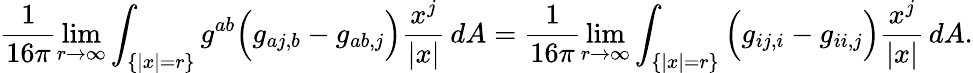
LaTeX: \frac{1}{16\pi}\operatorname*{lim}_{r\rightarrow\infty}\int_{\{ |x|=r\} }g^{ab}\Big(g_{aj,b}-g_{ab,j}\Big)\frac{x^{j}}{|x|}\, dA=\frac{1}{16\pi}\operatorname*{lim}_{r\rightarrow\infty}\int_{\{ |x|=r\} }\Big(g_{ij,i}-g_{ii,j}\Big)\frac{x^{j}}{|x|}\, dA.